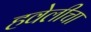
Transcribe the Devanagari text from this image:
हवेलीचा